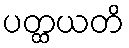
ပတ္ထယတိ